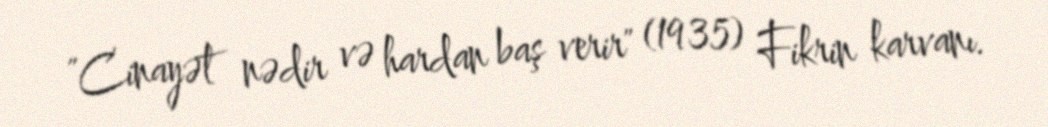
"Cinayət nədir və hardan baş verir" (1935) Fikrin karvanı.